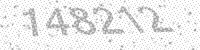
Solution: 148212